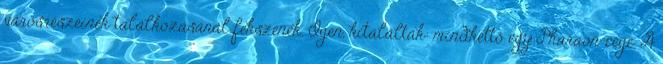
városrészeinek találkozásánál fekszenek. Igen, kitalálták: mindkettő egy Pharaon-cégé. A